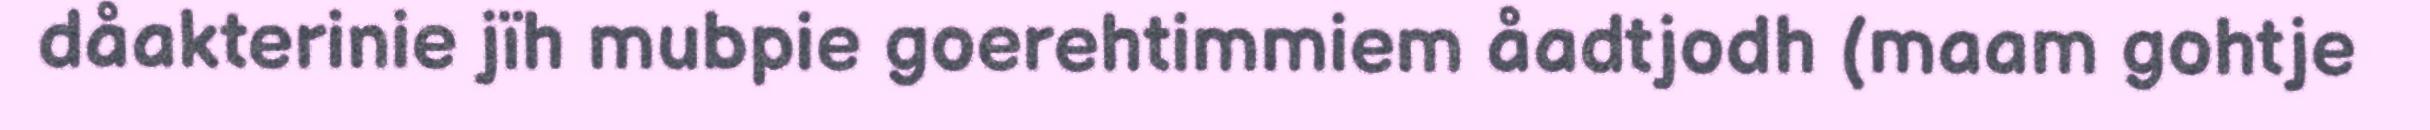
dåakterinie jïh mubpie goerehtimmiem åadtjodh (maam gohtje